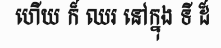
ហើយ ក៏ ឈរ នៅក្នុង ទី ដ៏